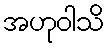
အဟုဝါသိ